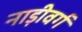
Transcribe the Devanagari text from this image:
नाड़ीवर्ग